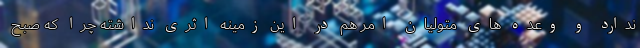
ندارد و وعده های متولیان امر هم در این زمینه اثری نداشته چرا که صبح